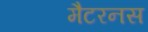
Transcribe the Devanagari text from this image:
मैटरनस